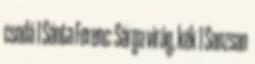
csodá 1 Sánta Ferenc: Sárga virág, kék 1 Sanzsan